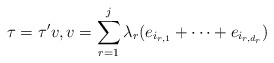
\begin{align*} \tau = \tau' v, v = \sum_{r=1}^j \lambda_r (e_{i_{r,1}} + \dots + e_{i_{r,d_r}})\end{align*}